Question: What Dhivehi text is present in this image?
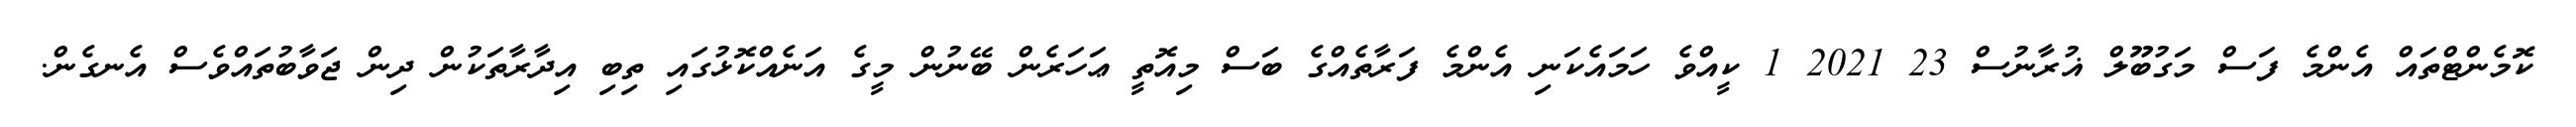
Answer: ކޮމެންޓްތައް އެންމެ ފަސް މަގުބޫލް ޣުރާނުސް 23 2021 1 ކީއްވެ ހަމައެކަނި އެންމެ ފަރާތެއްގެ ބަސް މިއޮތީ ޢަހަރެން ބޭނުން މީގެ އަނެއްކޮޅުގައި ތިބި އިދާރާތަކުން ދިން ޖަވާބުތައްވެސް އެނގެން.